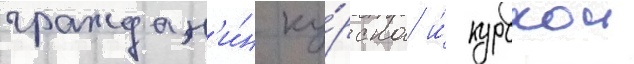
граждан'и́н ку́рска и́ курскои